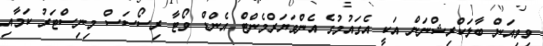
ވިވިއަން ބާލަކްރިޝްނަން އަކީ އެގައުމުގެ އެންވަޔަރްމެންޓް އެންޑް ވޯޓާ ރިސޯސަސް މިނިސްޓަރު ކަމާއި